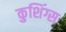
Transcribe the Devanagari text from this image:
कुशिंग्स